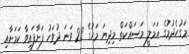
މަގުހެދުމުގެ އަމަލީ މަސައްކަތް މިދިޔަ މަހުގެ 28 ވަނަ ދުވަހު ފަށާފައިވާ ކަމަށާއި